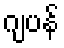
ဂျပန်